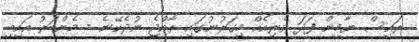
ރައީސް ޔާމީން ފަދަ ވެރިއެއްް މިގަރުނުގައި ރާއްޖެ ނުދެކޭނެ - މެންބަރު އައިބީ